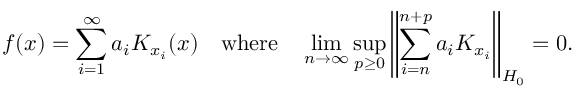
f ( x ) = \sum _ { i = 1 } ^ { \infty } a _ { i } K _ { x _ { i } } ( x ) \quad { \mathrm { w h e r e } } \quad \operatorname* { l i m } _ { n \to \infty } \operatorname* { s u p } _ { p \geq 0 } \left\| \sum _ { i = n } ^ { n + p } a _ { i } K _ { x _ { i } } \right\| _ { H _ { 0 } } = 0 .